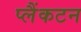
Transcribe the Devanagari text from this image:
प्लैंकटन